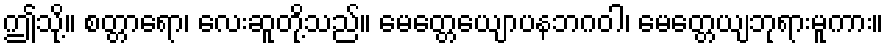
ဤသို့။ စတ္တာရော၊ လေးဆူတို့သည်။ မေတ္တေယျောပနဘဂဝါ၊ မေတ္တေယျဘုရားမူကား။